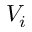
V _ { i }